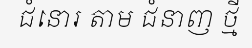
ជំនោរ តាម ជំនាញ ថ្មី